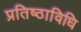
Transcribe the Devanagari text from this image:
प्रतिष्ठाविधि